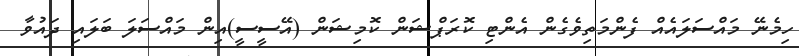
ހިމެނޭ މައްސަލައެއް ފެންމަތިވެގެން އެންޓި ކޮރަޕްޝަން ކޮމިޝަން (އޭސީސީ)އިން މައްސަލަ ބަލައި ދައުވާ